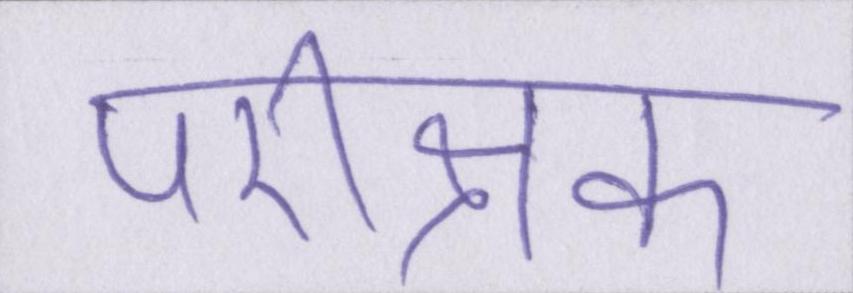
परीक्षक